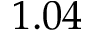
1 . 0 4